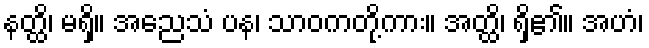
နတ္ထိ၊ မရှိ။ အညေသံ ပန၊ သာဝကတို့ကား။ အတ္ထိ၊ ရှိ၏။ အဟံ၊